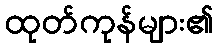
ထုတ်ကုန်များ၏